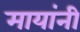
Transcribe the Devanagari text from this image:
मायांनी